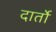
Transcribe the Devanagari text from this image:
दार्तो